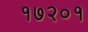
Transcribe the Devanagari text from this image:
१७२०१